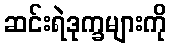
ဆင်းရဲဒုက္ခများကို